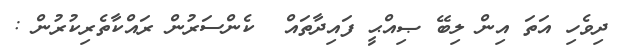
ދިވެހި އަތަ އިން ލިބޭ ޞިއްޙީ ފައިދާތައް  ކެންސަރުން ރައްކާތެރިކުރުން :